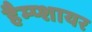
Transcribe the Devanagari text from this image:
हैम्प्शायर